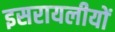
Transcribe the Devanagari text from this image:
इसरायलीयों